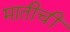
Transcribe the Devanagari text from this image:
मातीचीं